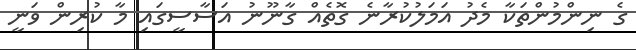
ގެ ނިންމުންތަކާ މެދު އަމަލުކުރާނެ ގޮތެއް ގާނޫނު އަސާސީގައި މާ ކުރިން ވަނީ